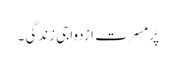
پُرمسرت ازدواجی زندگی ۔